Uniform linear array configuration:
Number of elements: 32
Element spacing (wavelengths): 0.25
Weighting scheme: kaiser
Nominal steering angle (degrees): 30
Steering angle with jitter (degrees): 28.509
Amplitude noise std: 0.05
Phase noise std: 0.05

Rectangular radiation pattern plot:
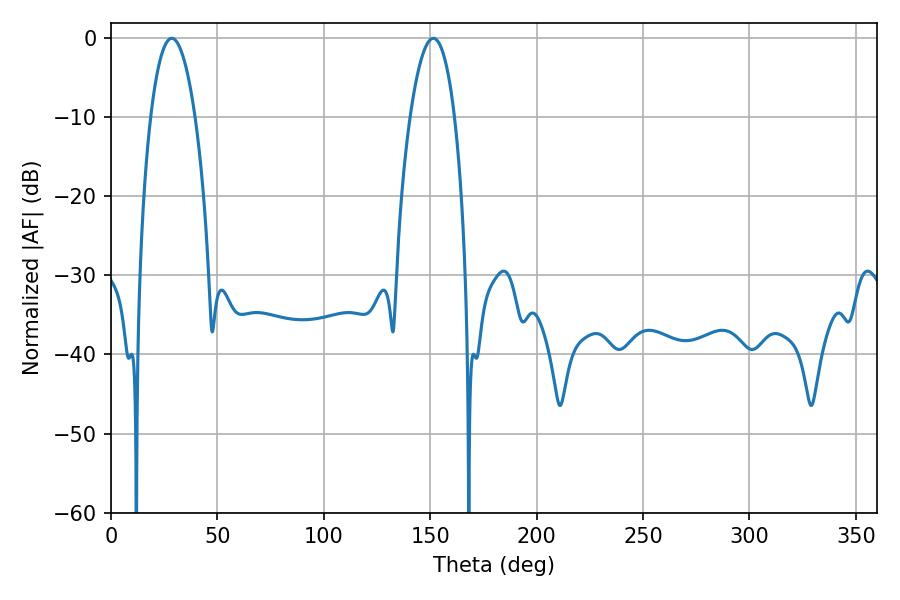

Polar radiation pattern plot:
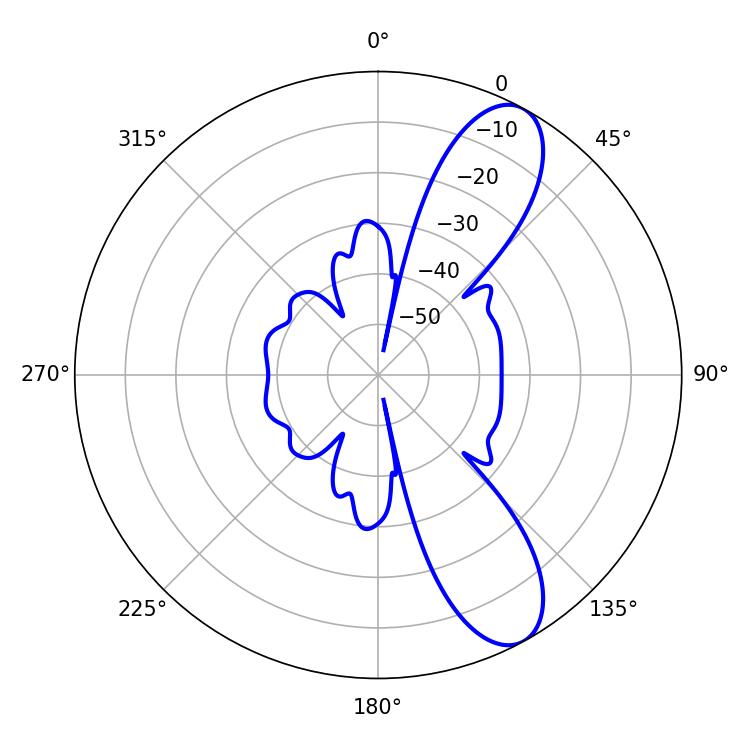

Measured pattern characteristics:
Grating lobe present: FALSE
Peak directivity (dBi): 9.835
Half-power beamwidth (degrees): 11.7
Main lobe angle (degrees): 28.62